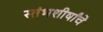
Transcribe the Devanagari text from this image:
स्तंभशीर्षांचे